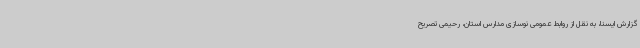
گزارش ایسنا، به نقل از روابط عمومی نوسازی مدارس استان، رحیمی تصریح